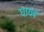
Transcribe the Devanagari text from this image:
घायब